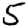
Digit: 5